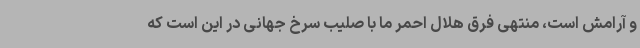
و آرامش است، منتهی فرق هلال احمر ما با صلیب سرخ جهانی در این است که